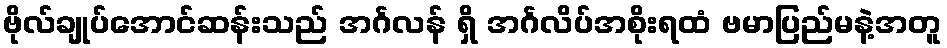
ဗိုလ်ချုပ်အောင်ဆန်းသည် အင်္ဂလန် ရှိ အင်္ဂလိပ်အစိုးရထံ ဗမာပြည်မနဲ့အတူ